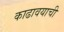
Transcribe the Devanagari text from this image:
काढावयाची